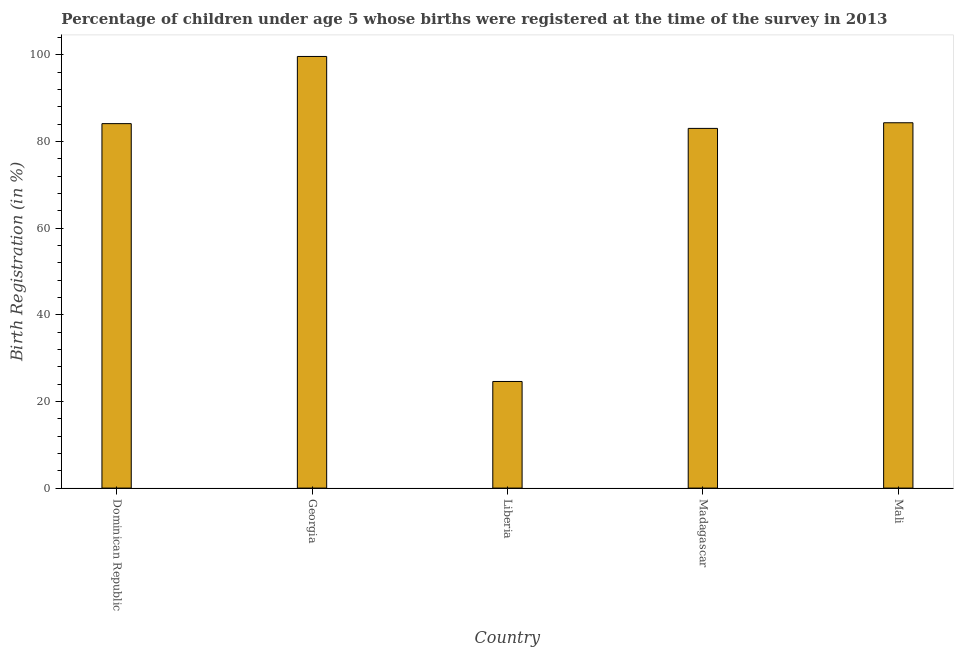
| Country | Birth registration |
 | --- | --- |
 | Dominican Republic | 84.1 |
 | Georgia | 99.6 |
 | Liberia | 24.6 |
 | Madagascar | 83 |
 | Mali | 84.3 |